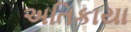
અતિકાયા